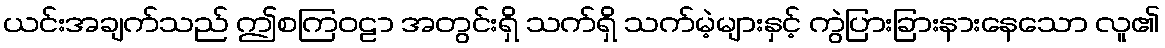
ယင်းအချက်သည် ဤစကြဝဠာ အတွင်းရှိ သက်ရှိ သက်မဲ့များနှင့် ကွဲပြားခြားနားနေသော လူ၏